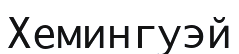
Хемингуэй